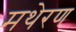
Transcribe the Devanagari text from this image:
मथेरण